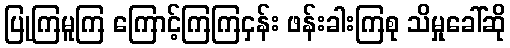
ပြုကြမူကြ ကြောင့်ကြကြငှန်း ဖန်းခါးကြစု သိမှုခေါ်ဆို